Vaccine operations Central Provinces 1886-1899 - 1886-1899
Year: 1886
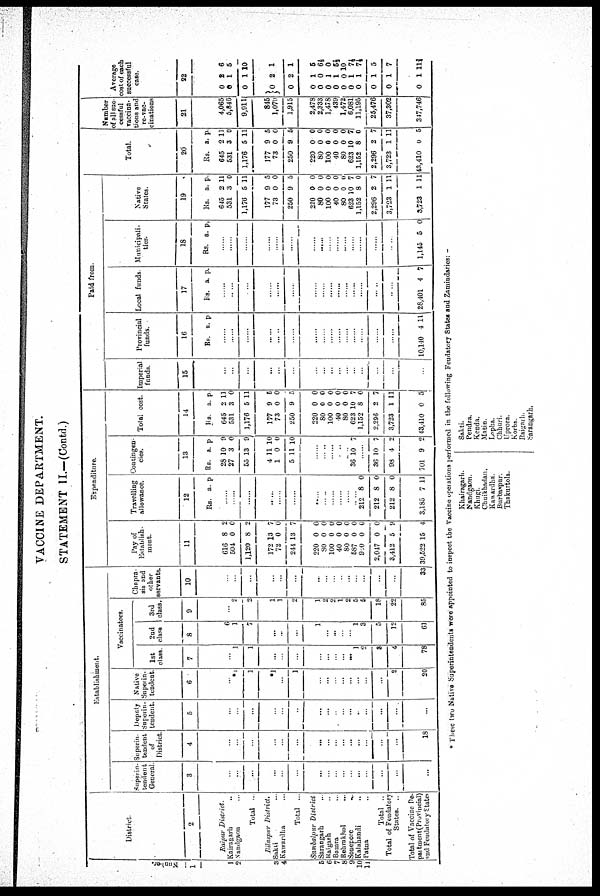
VACCINE DEPARTMENT.
STATEMENT II.—(Contd.)
Number.
1
1
2
3
4
5
6
7
8
9
10
11
District
2
Raipur District.
Kairagarh
..
Nandgaon ...
Total ..
Bilaspur District.
Sakti ...
Kawardha ...
Total ...
Sambalpur District
Sarangarh ...
Raigarh ...
Bamra ...
Rehrakhol
...
Sonepore
...
Kalahandi ...
Patna ...
Total ..
Total of Feudatory
States. ..
Total of Vaccine De¬
partment(Provincial)
and Feudatory States
Establishment.
Superin¬
tendent
General
3
...
...
...
... ...
...
...
...
...
...
...
...
...
...
...
...
Superin¬
tendent
of
District.
4
...
...
...
... ...
...
...
...
...
...
...
...
...
...
...
18
Deputy
Superin-
tendent.
5
...
...
...
... ...
...
...
...
...
...
...
...
...
...
...
...
Native
Superin-
tendent.
6
...
*1
1
*1
...
1
...
...
...
...
...
...
...
...
2
20
Vaccinators.
1st
class.
7
...
1
1
...
...
...
...
...
...
...
... 1
2
3
4
78
2nd
class
8
6
1
7
... ..
...
1
...
...
...
... 1
3
5
12
61
3rd
class.
9
...
2
2
1 1
2
1
2
2
1
2
5
5
18
22
85
Chapra¬
sis and
other
servants.
10
...
...
...
... ...
...
...
...
...
...
...
...
...
...
...
33
Expenditure.
Pay of
Establish¬
ment.
11
616
504
1,120
8
0
8
2
0
2
172 72
244
13 0
13
7 0
7
220
80
100
40
80
587
910
2,047
3,412
39,522
0
0
0
0
0
0
0
0
5
15
0
0
0
0
0
0
0
0
9
4
Travelling
allowance.
12
Rs. a. p.
......
......
......
...... ......
......
......
......
......
......
......
......
212
212
212
3,185
8
8
8
7
0
0
0
11
Contingen-
cies.
13
Rs. a. p.
28
27
55
10
3
13
9
0
9
4 1
5
11 0
11
10 0
10
......
......
......
......
......
36 10 7
......
36
98
701
10
4
9
7
2
2
Total cost.
14
Rs. a. p.
645
531
1,176
2
3
5
11
0
11
177 73
250
9 0
9
5
0
5
220
80
100
40
80
623
1,152
2,296
3,723
43,410
0
0
0
0
0
10
8
2
1
0
0
0
0
0
0
7
0
7
11
5
Paid from.
Imperial
funds.
15
...
...
...
... ...
...
...
...
...
...
...
...
...
...
...
...
Provincial
funds.
16
Rs. a. p.
......
......
......
...... ......
......
......
......
......
......
......
......
......
......
......
10,140 4 11
Local funds
17
Rs. a. p.
......
......
......
......
......
......
......
......
......
......
......
......
......
......
28,401 4 7
Municipali¬
ties.
18
Rs. a. p.
......
......
......
......
......
......
......
......
......
......
......
......
......
......
......
1,145 5 0
Native
States.
19
Rs. a. p.
645
531
1,176
2
3
5
11
0
11
177 73
250
9
0
9
5
0
5
220
80
100
40
80
623
1,152
2,296
3,723
3,723
0
0
0
0
0
10
8
2
1
1
0
0
0
0
0
7
0
7
11
11
Total.
20
Rs. a. p.
645
531
1,176
2
3
5
11
0
11
177 73
250
9
0
9
5 0
5
220
80
100
40
80
623
1,152
2,296
3,723
43,410
0
0
0
0
0
10
8
2
1
0
0
0
0
0
0
7
0
7
11
5
Number
of all suc¬
cessful
vaccina¬
tions and
re-vac-
cinations
21
4,065
5,846
9,911
845
1,070
1,915
2,478
2,333
1,478
439
1,472
6,081
11,195
25,476
37,302
347,746
Average
cost of each
successful
case.
22
0
0
0
2
1
1
6
5
10
0
0
2
2
1
1
0
0
0
0
0
0
0
0
0
0
1
0
1
1
0
1
1
1
1
1
5
6½
0
5½
10
7½
7½
5
7
11¾
* These two Native Superintendents were appointed to inspect the Vaccine operations performed in the following Feudatory States and Zamindaries: —
Khairagarh.
Nandgaon.
Khugi.
Chuikhadan.
Kawardha.
Burbaspur.
Thakurtola.
Sakti.
Pendra.
Kenda.
Matin.
Lopha.
Chhuri.
Uprora.
Korba
Raigarh.
Sarangarh.